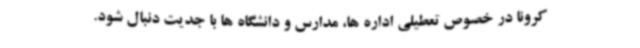
کرونا در خصوص تعطیلی اداره ها، مدارس و دانشگاه ها با جدیت دنبال شود.